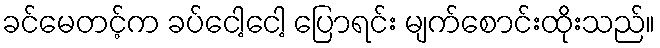
ခင်မေတင့်က ခပ်ငေါ့ငေါ့ ပြောရင်း မျက်စောင်းထိုးသည်။